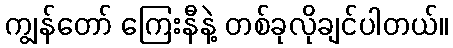
ကျွန်တော် ကြေးနီနဲ့ တစ်ခုလိုချင်ပါတယ်။